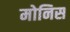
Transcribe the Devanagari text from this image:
मोनिस